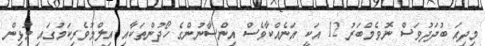
މިދިއަ ބުދަދުވަސް ނޮވެމްބަރު 12 އަކީ އަނެއްކާވެސް އިންސާނުންގެ ހޯދުންތަކާއި އިލްމުވެރިކަމުގައި މުޅިން